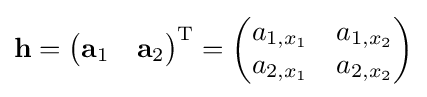
\mathbf {h} ={\begin{pmatrix}\mathbf {a} _{1}&\mathbf {a} _{2}\end{pmatrix}}^{\operatorname {T} }={\begin{pmatrix}a_{1,x_{1}}&a_{1,x_{2}}\\a_{2,x_{1}}&a_{2,x_{2}}\end{pmatrix}}